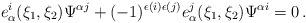
LaTeX: \begin{align*}e^i_\alpha(\xi_1,\xi_2)\Psi^{\alpha j} +(-1)^{\epsilon(i)\epsilon(j)} e^j_\alpha(\xi_1,\xi_2)\Psi^{\alpha i}=0\,. \end{align*}